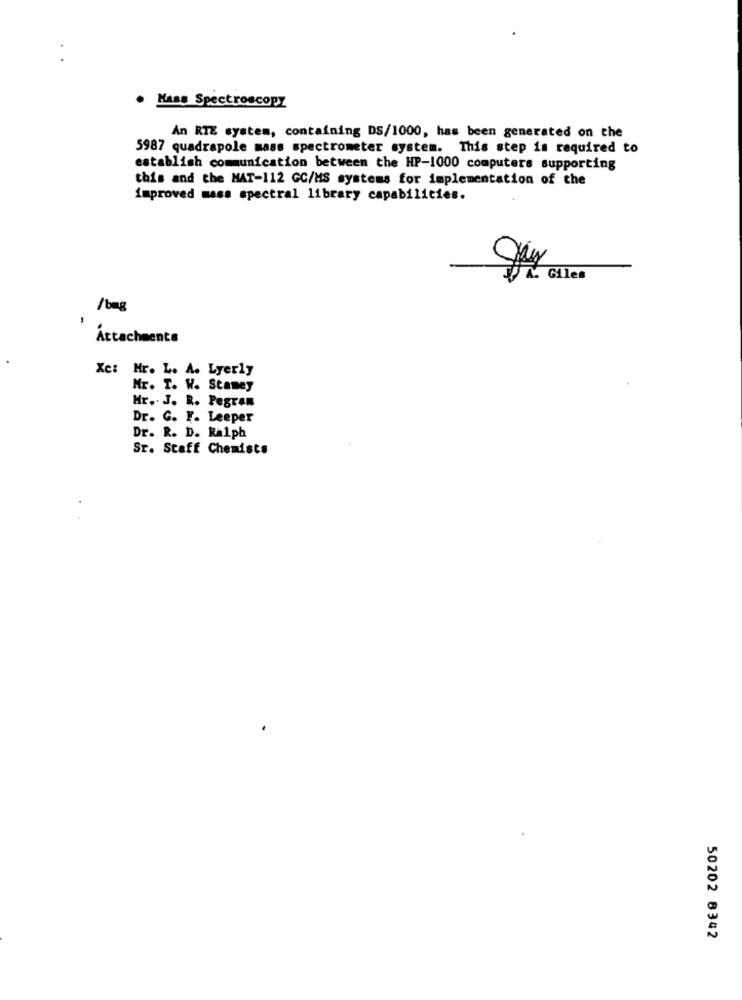
:
. Mans Spectroscopy
An RTE system, containing DS/1000, has been generated on the
5987 quadrapole mass spectrometer system. This step is required to
establish communication between the HP-1000 computers supporting
this and the MAT-112 GC/MS systems for implementation of the
improved mass spectral library capabilities.
A. Giles
/bag
Attachments
Xc: Hr. L. A. Lyerly
Mr. T. W. Stamey
Hr .. J. R. Pegran
Dr. G. F. Leeper
Dr. R. D. Ralph
Sr. Staff Chemists
50202 6342